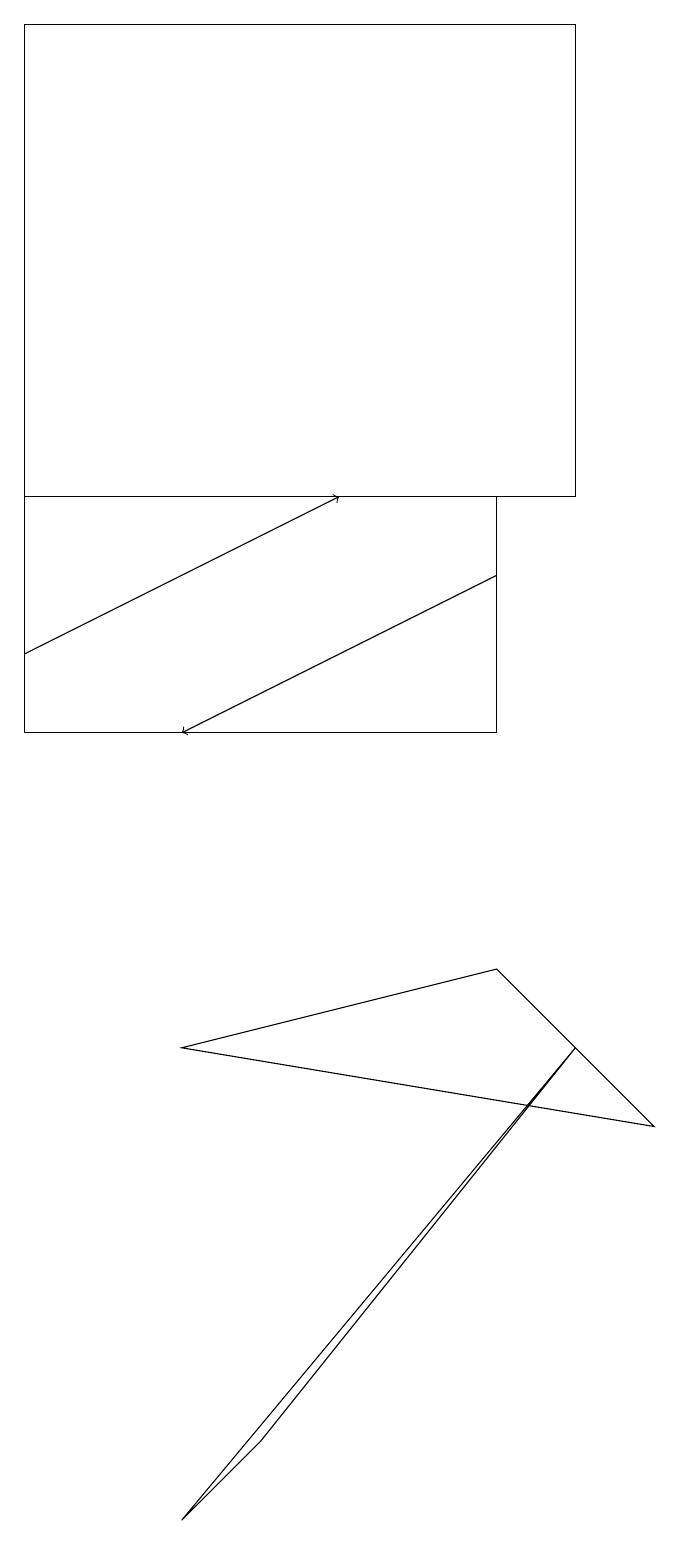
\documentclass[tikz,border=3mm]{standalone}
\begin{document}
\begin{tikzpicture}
\draw (8,5) -- (6,7) -- (2,6) -- cycle;
\draw[->] (6,12) -- (2,10);
\draw[->] (0,11) -- (4,13);
\draw (0,13) rectangle (6,10);
\draw (3,1) -- (7,6) -- (2,0) -- cycle;
\draw (7,13) rectangle (0,19);
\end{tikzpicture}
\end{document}